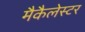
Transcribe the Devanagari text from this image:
मैकैलेस्टर